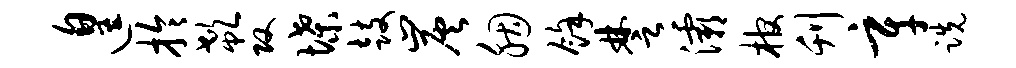
遑拎欷攻堞鼓炭胭余楚灞棺刊辛跣